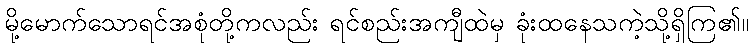
မို့မောက်သောရင်အစုံတို့ကလည်း ရင်စည်းအကျီထဲမှ ခုံးထနေသကဲ့သို့ရှိကြ၏။